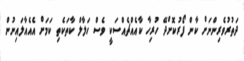
ދަތުރުވެރިންނަށް ކާން ފޯރުކޮށްދޭ ހުރިހާ ކާއެއްޗެއްސަކީ ވެސް ހަލާލް ކާތަކެތި ކަމަށް އެއެއާލައިނުން